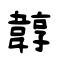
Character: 韕